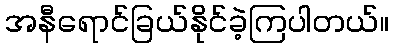
အနီရောင်ခြယ်နိုင်ခဲ့ကြပါတယ်။